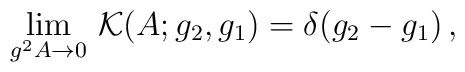
\lim _{g^2 A\to 0}\, \mathcal{K}(A;g_{2},g_{1})=\delta (g_{2}-g_{1})\,,